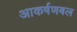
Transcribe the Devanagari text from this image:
आकर्षणबल